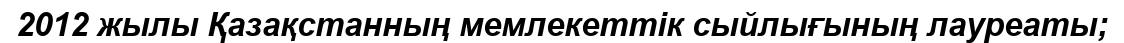
2012 жылы Қазақстанның мемлекеттік сыйлығының лауреаты;